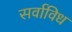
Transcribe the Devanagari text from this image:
सर्वाविध